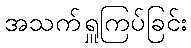
အသက်ရှူကြပ်ခြင်း